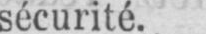
sécurité.